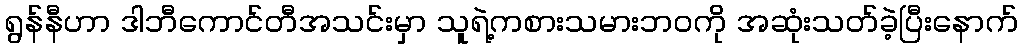
ရွန်နီဟာ ဒါဘီကောင်တီအသင်းမှာ သူရဲ့ကစားသမားဘဝကို အဆုံးသတ်ခဲ့ပြီးနောက်